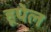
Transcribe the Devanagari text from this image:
हूपेल